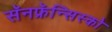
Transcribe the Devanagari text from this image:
सॅनफ्रॅन्सिस्को